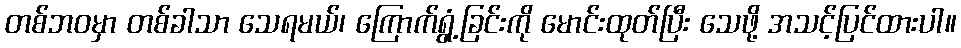
တစ်ဘဝမှာ တစ်ခါသာ သေရမယ်၊ ကြောက်ရွံ့ခြင်းကို မောင်းထုတ်ပြီး သေဖို့ အသင့်ပြင်ထားပါ။